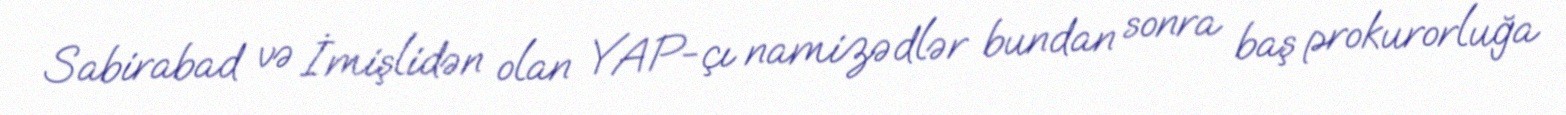
Sabirabad və İmişlidən olan YAP-çı namizədlər bundan sonra baş prokurorluğa